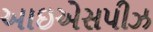
આઇએસપીઝ